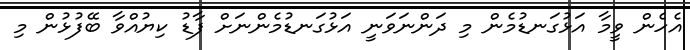
އެހެން ވީމާ އަޅުގަނޑުމެން މި ދަންނަވަނީ އަޅުގަނޑުމެންނަށް ފާޑު ކިޔުއްވާ ބޭފުޅުން މި